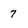
Character: 7